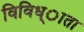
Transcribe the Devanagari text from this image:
विविध्ाता